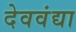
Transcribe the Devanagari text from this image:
देववंद्या